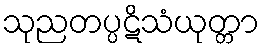
သုညတပ္ပဋိသံယုတ္တာ